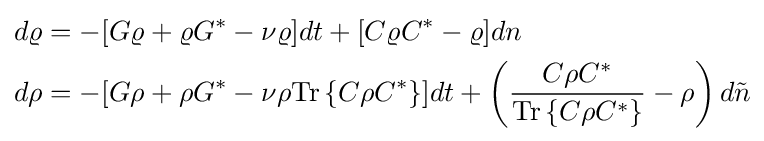
{\begin{aligned}d\varrho &=-[G\varrho +\varrho G^{\ast }-\nu \varrho ]dt+[C\varrho C^{\ast }-\varrho ]dn\\d\rho &=-[G\rho +\rho G^{\ast }-\nu \rho \mathrm {Tr} \left\{C\rho C^{\ast }\right\}]dt+\left({\frac {C\rho C^{\ast }}{\mathrm {Tr} \left\{C\rho C^{\ast }\right\}}}-\rho \right)d{\tilde {n}}\end{aligned}}